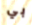
بي